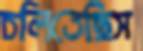
চলিতেছিস